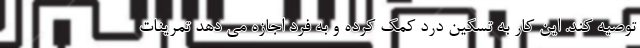
توصیه کند. این کار به تسکین درد کمک کرده و به فرد اجازه می دهد تمرینات